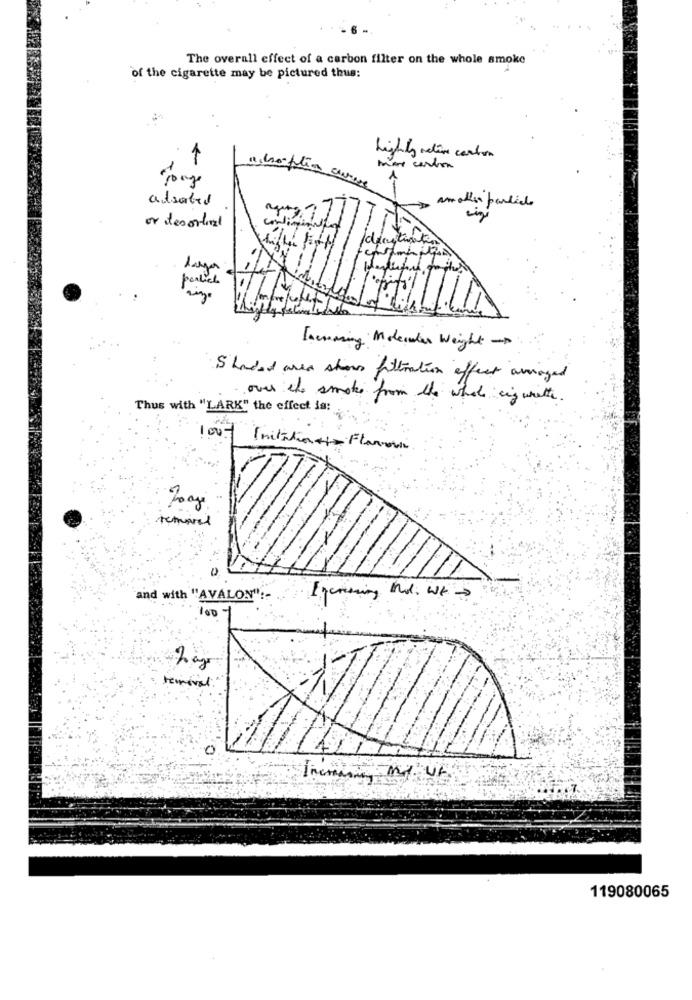
The overall effect of a carbon filter on the whole smoke
of the cigarette may be pictured thus:
highly active carton
more carton
adsorbed
another particle
or desortal
diayting
perlich
Faemazing Molender Weight -
Shaded area shows filtration effect avvioged
over the smoke from the whole cigarette.
Thus with "LARK" the effect is:
100-
InitiationFlavor
removed
and with "AVALON" :-
100 -
removal.
0
119080065